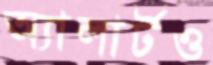
অ্যালার্টও